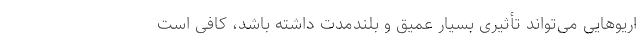
اریوهایی می‌تواند تأثیر‌ی بسیار عمیق و بلندمدت داشته باشد، کافی است